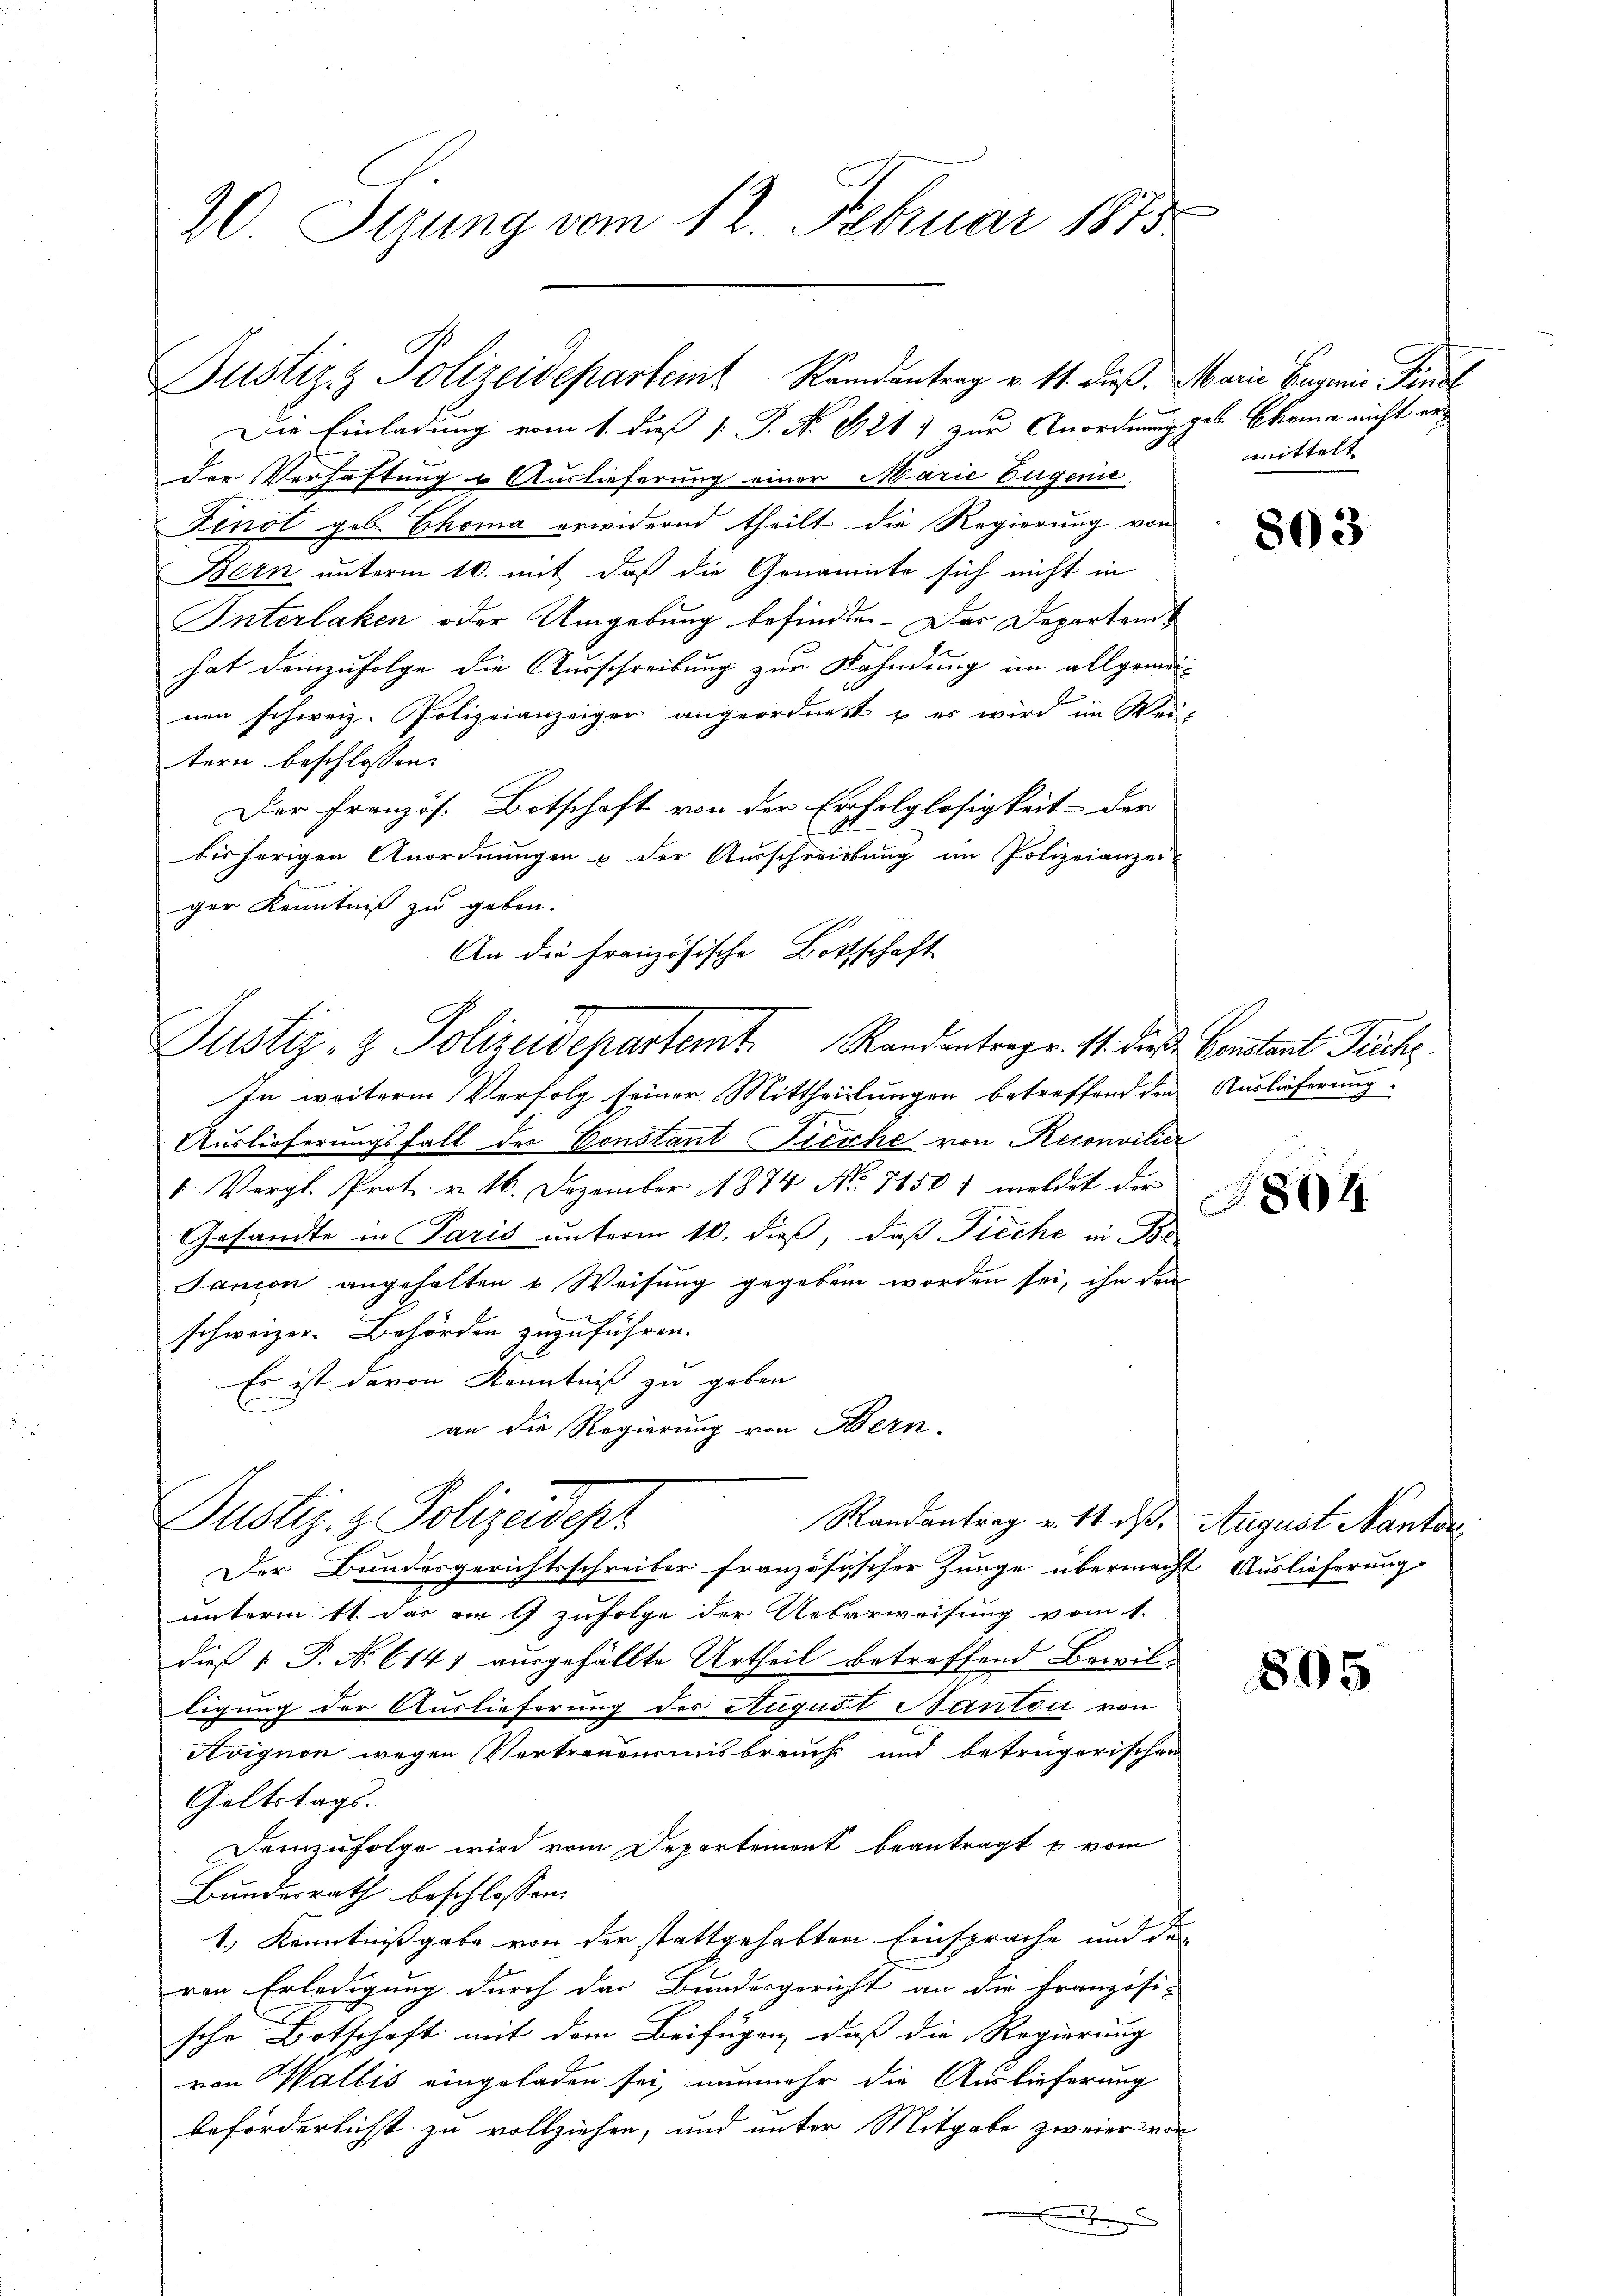
20 Sizung vom 12. Februar 1875

Justiz & Polizeidepartemt Ramantrag v. 11. dieß, Marie Eugenie Finsl

Die Einladung vom 1. daß v. J. No 1121 1 zur Anordnung geb. Thoma nicht erder Verhaftung & Auslieferung einer Marie Eugenie
Fenst geb. Thoma erwidernd theilt die Regierung von
Bern unterm 10. mit daß die Genannte sich nicht in
Interlaken oder Umgebung befinden. Das Departonis
hat demzufolge die Ausschreibung zur Wahndung im allgemeinen schweiz. Polizeianzeiger angeordnet & es wird im Weis
tern beschlossen. |
Der Französ. Botschaft von der Erfolglosigkeit der
bisheriger Anordnungen & der Ausschreibung im Polizeianzei-
ger Kenntniß zu geben.
An die Französische Bottschaft
In weiterm Verfolg seiner Mittheilungen betreffend den Auslieferung
Auslieferungsfall der Constant Freihe von Reconvilier
1 Vergl. Prot. v. 16. Dezember 1874 No 71501 meldet der
Gesandte in Paris unterm 10. dieß, daß Fieche in Be¬
Jancon angehalten u Weisung gegeben worden sei, ihn den
schweizer. Behörden zuzuführen.
Es ist davon Kenntniß zu geben
an die Regierung von Bern.
Justiz- & Polizeidepr
Randantrag v. 11. ds. August Nanton
Der Bundesgerichtsschreiber französischer Zunge übermacht Auslieferung
unterm 11. das am 9 zufolge der Ueberweisung vom 1.
dieß P. Nr. 6141 ausgefällte Urtheil betreffend Bewilligung der Auslieferung des August Neintöni von
Avignon wegen Vertraueninsbrauch und beträgerischen
Geltstags.
Demzufolge wird vom Departement beantragt u vom
Bundesrath beschlossen:
1.) Kenntnißgabe von der stattgehabten Einsprache und der
ven Erledigung durch das Bundesgericht an die Französi-
sche Botschaft mit dem Beifügen, daß die Regierung
von Wallis eingeladen sei, nunmehr die Auslieferung
beförderlichst zu vollziehen, und unter Mitgabe zweier von
x

Justiz- & Polizeidepartemt. Randentrage. 11. dieß. Cantant Fuchs

mittelt

803

804

805